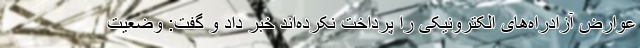
عوارض آزادراه‌های الکترونیکی را پرداخت نکرده‌اند خبر داد و گفت: وضعیت